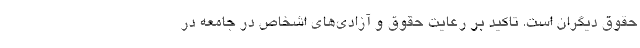
حقوق دیگران است. تاکید بر رعایت حقوق و آزادی‌های اشخاص در جامعه در